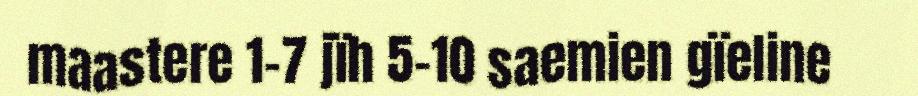
maastere 1-7 jïh 5-10 saemien gïeline